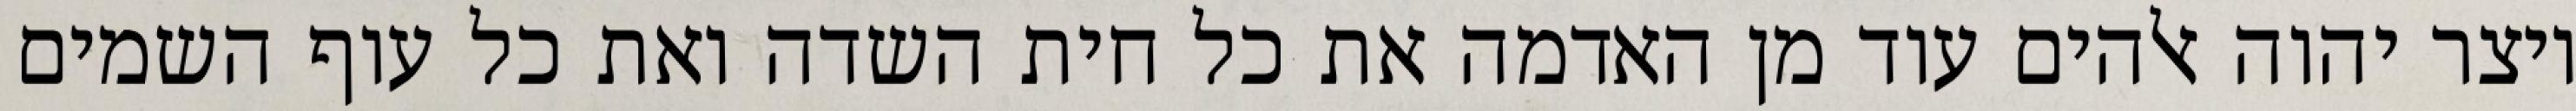
ויצר יהוה אלהים עוד מן האדמה את כל חית השדה ואת כל עוף השמים